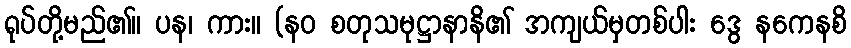
ရုပ်တို့မည်၏။ ပန၊ ကား။ (နဝ စတုသမုဋ္ဌာနာနိ၏ အကျယ်မှတစ်ပါး ဒွေ နကေနစိ